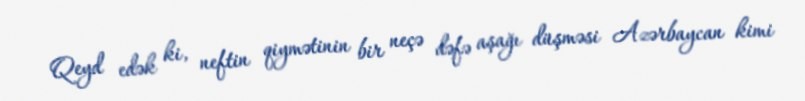
Qeyd edək ki, neftin qiymətinin bir neçə dəfə aşağı düşməsi Azərbaycan kimi